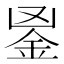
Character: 𨥢